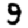
Digit: 9